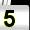
Digit: 5